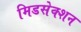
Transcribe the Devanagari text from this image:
मिडसेक्शन